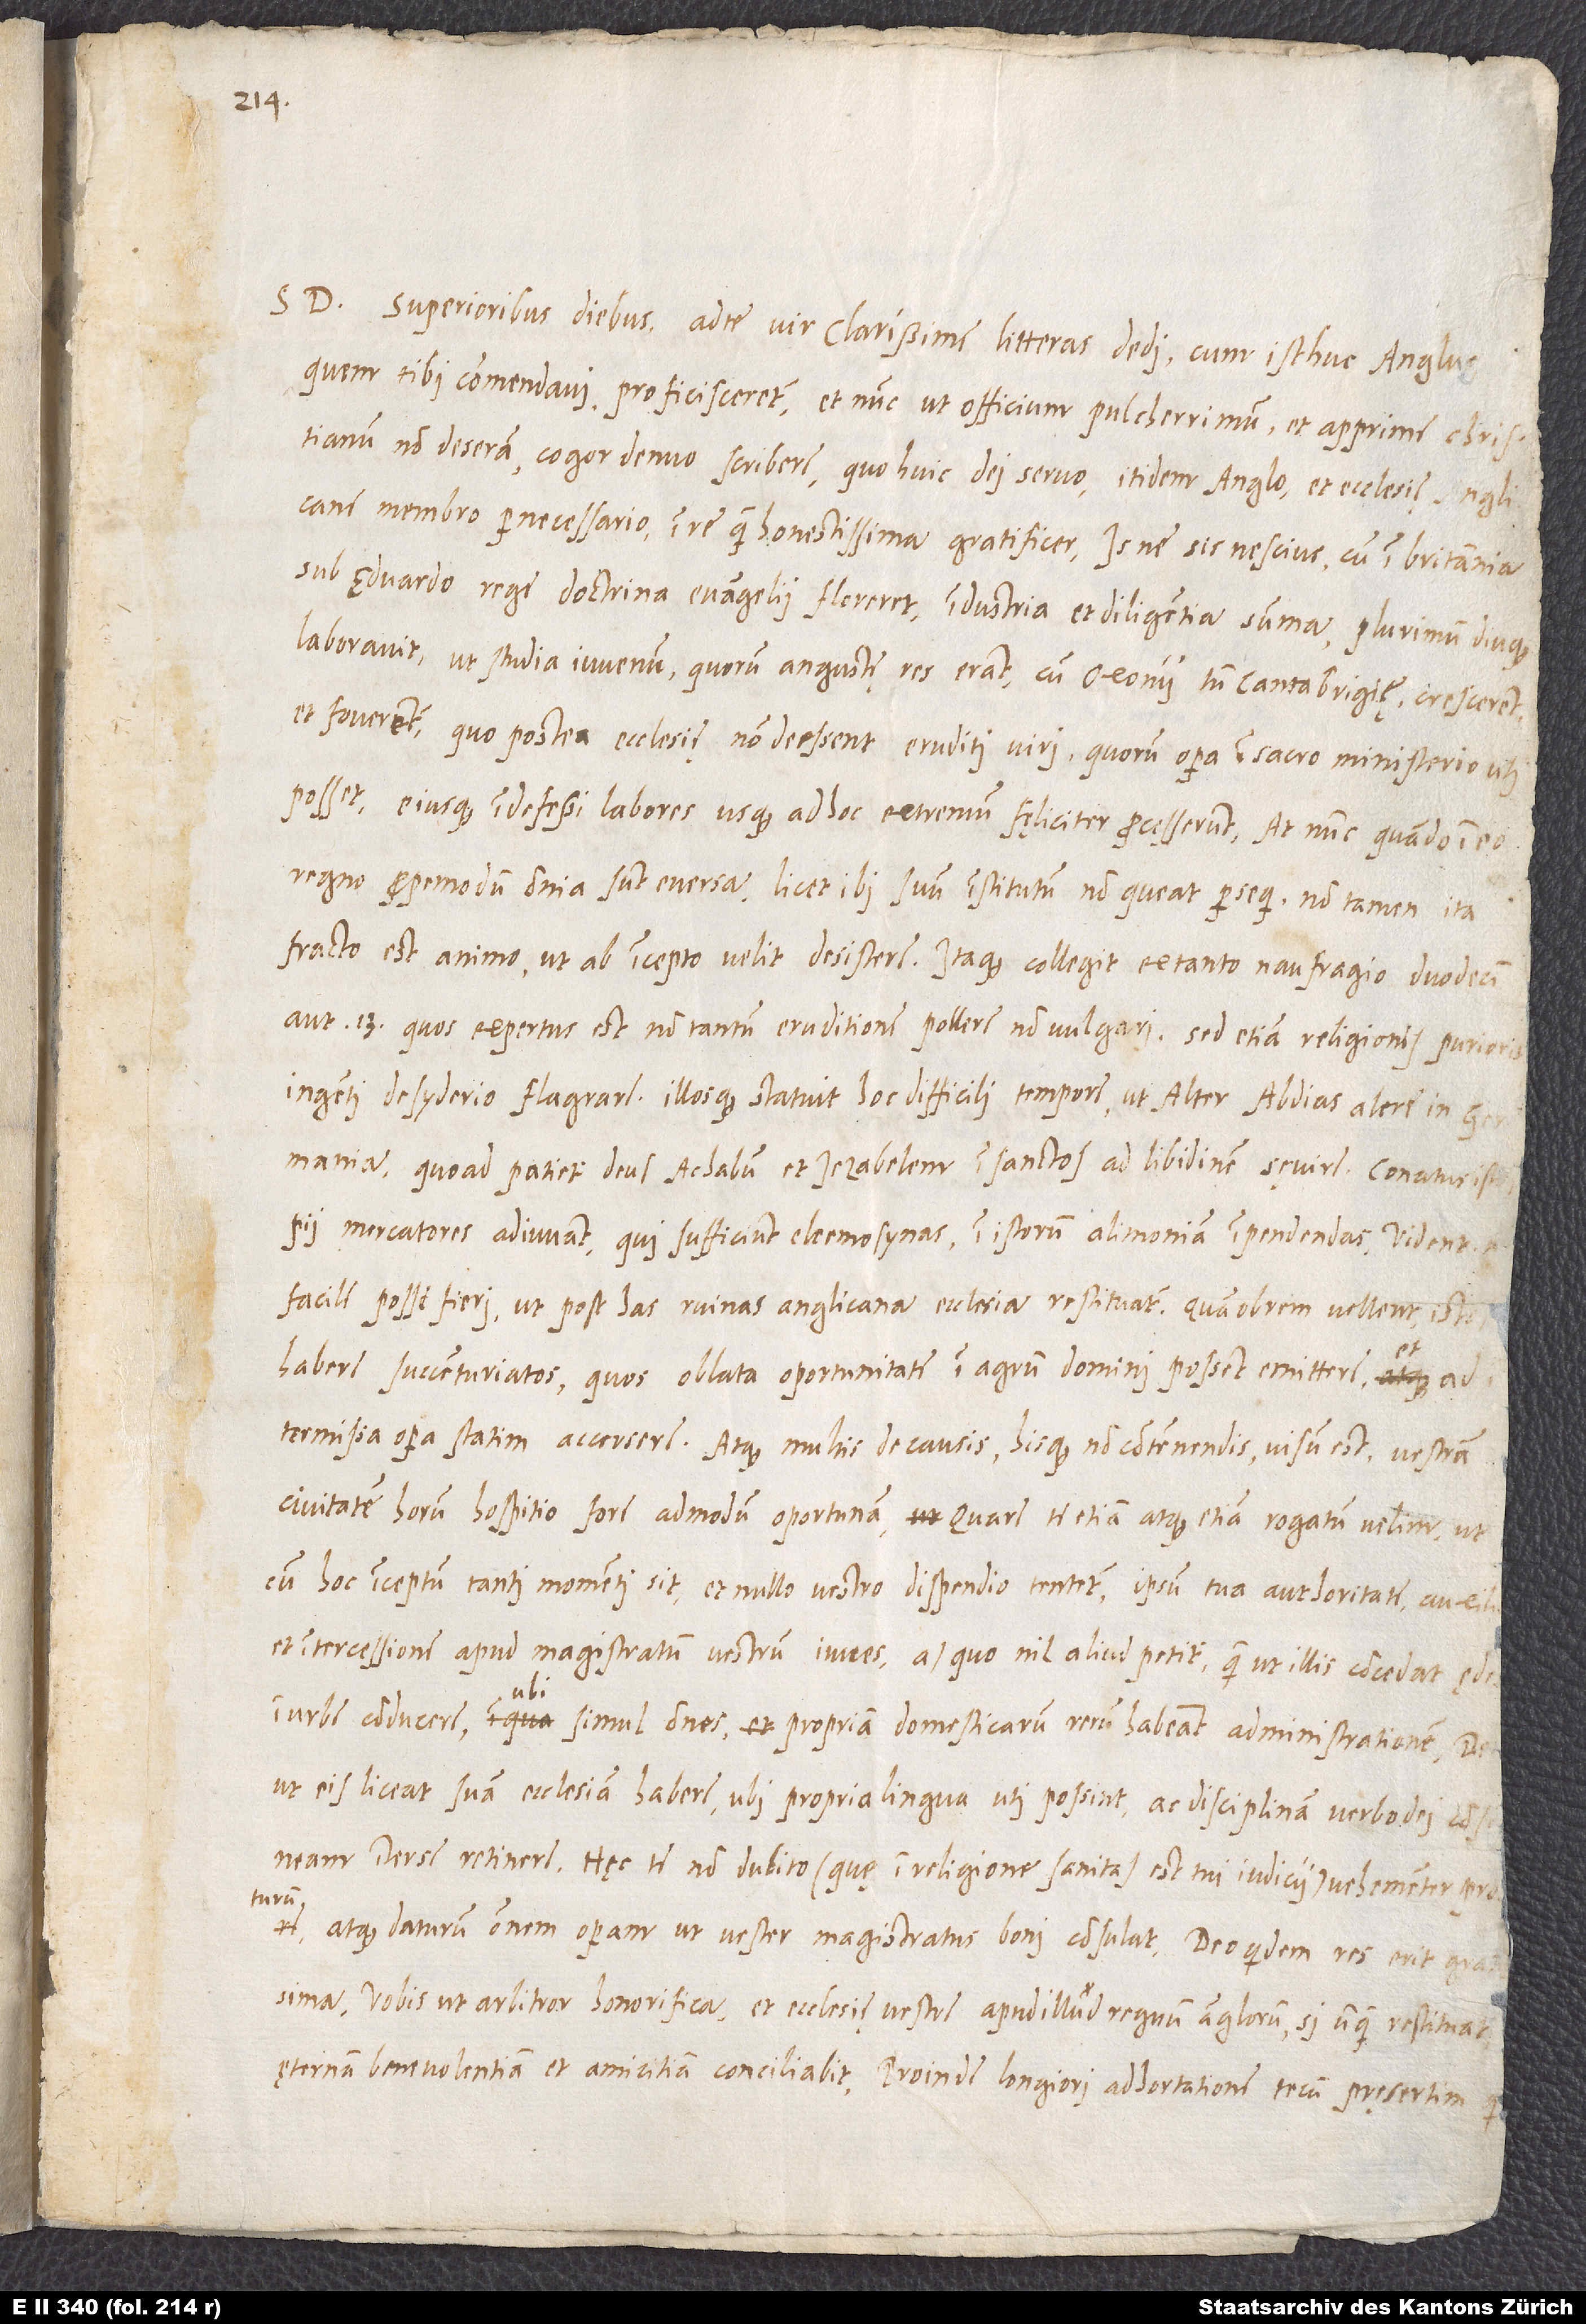
D. Superioribus diebus ad te, vir clarissime, litteras dedi, cum isthuc Anglus,
quem tibi commendavi, proficisceretur, et nunc, ut officium pulcherrimum et apprime christianum
non deseram, cogor denuo scribere, quo huic dei servo itidem Anglo et ecclesię Anglicane
membro pernecessario in re quam honestissima gratificer. Is, ne sis nescius, cum in Britannia
sub Eduardo rege doctrina evangelii floreret, industria et diligentia summa plurimum diuque
laboravit, ut studia iuvenum, quorum angustę res erant, cum Oxonii tum Cantabrigię crescerent
et foverentur, quo postea ecclesię non deessent eruditi viri, quorum opera in sacro ministerio uti
posset, eiusque indefessi labores usque ad hoc extremum fęliciter processerunt. At nunc, quando in eo
regno propemodum omnia sunt eversa, licet ibi suum institutum non queat persequi, non tamen ita
fracto est animo, ut ab incepto velit desistere. Itaque collegit ex tanto naufragio duodecim
aut 13, quos expertus est non tantum eruditione pollere non vulgari, sed etiam religionis purioris
ingenti desyderio flagrare, illosque statuit hoc difficili tempore ut alter Abdias alere in
Germania, quoad patietur deus Achabum et Iezabelem insanctos ad libidinem sęvire. Conatus istos
mercatores adiuvant, qui sufficiunt eleemosynas in istorum alimoniam impendendas. Vident
facile posse fieri, ut post has ruinas Anglicana ecclesia restituatur. Quamobrem vellent istos
habere succenturiatos, quos oblata oportunitate in agrum domini possent mittere et ad
intermissa opera statim accersere. Atque multis de causis hisque non contemnendis visum est vestram
civitatem horum hospitio fore admodum oportunam. Quare te etiam atque etiam rogatum velim, ut,
cum hoc inceptum tanti momenti sit et nullo vestro dispendio tentetur ipsum tua authoritate auxilio
et intercessione apud magistratum vestrum iuves, a quo nil aliud petitur, quam ut illis concedatur, ędes in
urbe conducere, ubi simul omnes propriam domesticarum rerum habeant administrationem, deinde
ut eis liceat suam ecclesiam habere, ubi propria lingua uti possint ac disciplinam verbo dei consentaneam
inter se retinere. Hęc te non dubito (quę in religione sanitas est tui iudicii) vehementer probaturum
atque daturum omnem operam, ut vester magistratus bene consulat. Deo quidem res erit gratissima,
vobis, ut arbitror, honorifica et ecclesię vestre apud illud regnum Anglorum, si unquam restituatur,
ęternam benevolentiam et amicitiam conciliabit. Proinde longiori adhortatione tecum pręsertim,